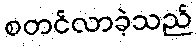
စတင်လာခဲ့သည်